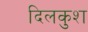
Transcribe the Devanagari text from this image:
दिलकुश